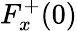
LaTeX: F_{x}^{+}(0)